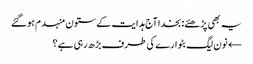
یہ بھی پڑھئے: بخدا آج ہدایت کے ستون منہدم ہوگئے
← نون لیگ بٹوارے کی طرف بڑھ رہی ہے؟